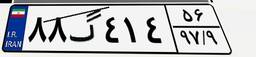
۸۸گ۴۱۴۵۶